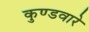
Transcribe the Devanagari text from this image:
कुण्डवारे